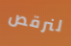
لنرقص